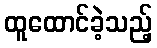
ထူထောင်ခဲ့သည့်